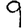
Digit: 9